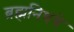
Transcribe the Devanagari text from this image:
ब्रह्मनिधये